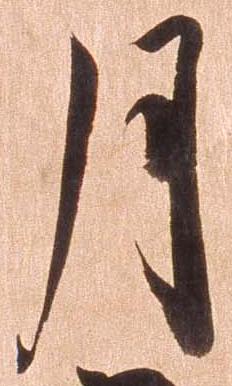
月